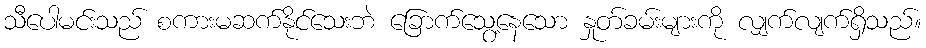
သီပေါမင်းသည် စကားမဆက်နိုင်သေးဘဲ ခြောက်သွေ့နေသော နှုတ်ခမ်းများကို လျှက်လျက်ရှိသည်။